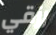
رزقي